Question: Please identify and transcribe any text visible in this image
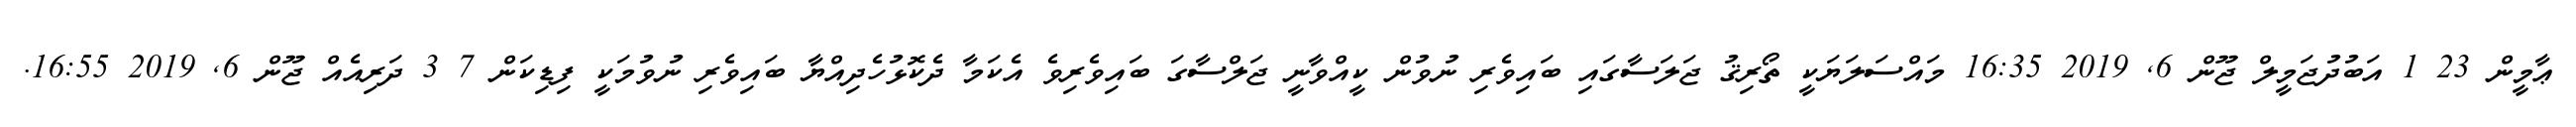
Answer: ޢާމީން 23 1 އަބުދުޖަމީލް ޖޫން 6, 2019 16:35 މައްސަލަޔަކީ ތޯރިޤު ޖަލަސާގައި ބައިވެރި ނުވުން ކީއްވާނީ ޖަލްސާގަ ބައިވެރިވެ އެކަމާ ދެކޮޅުހެދިއްޔާ ބައިވެރި ނުވުމަކީ ފިޑިކަން 7 3 ދަރިއެއް ޖޫން 6, 2019 16:55.